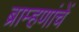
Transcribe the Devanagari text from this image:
ब्राम्हणांचें